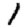
Digit: 1